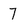
Character: 7